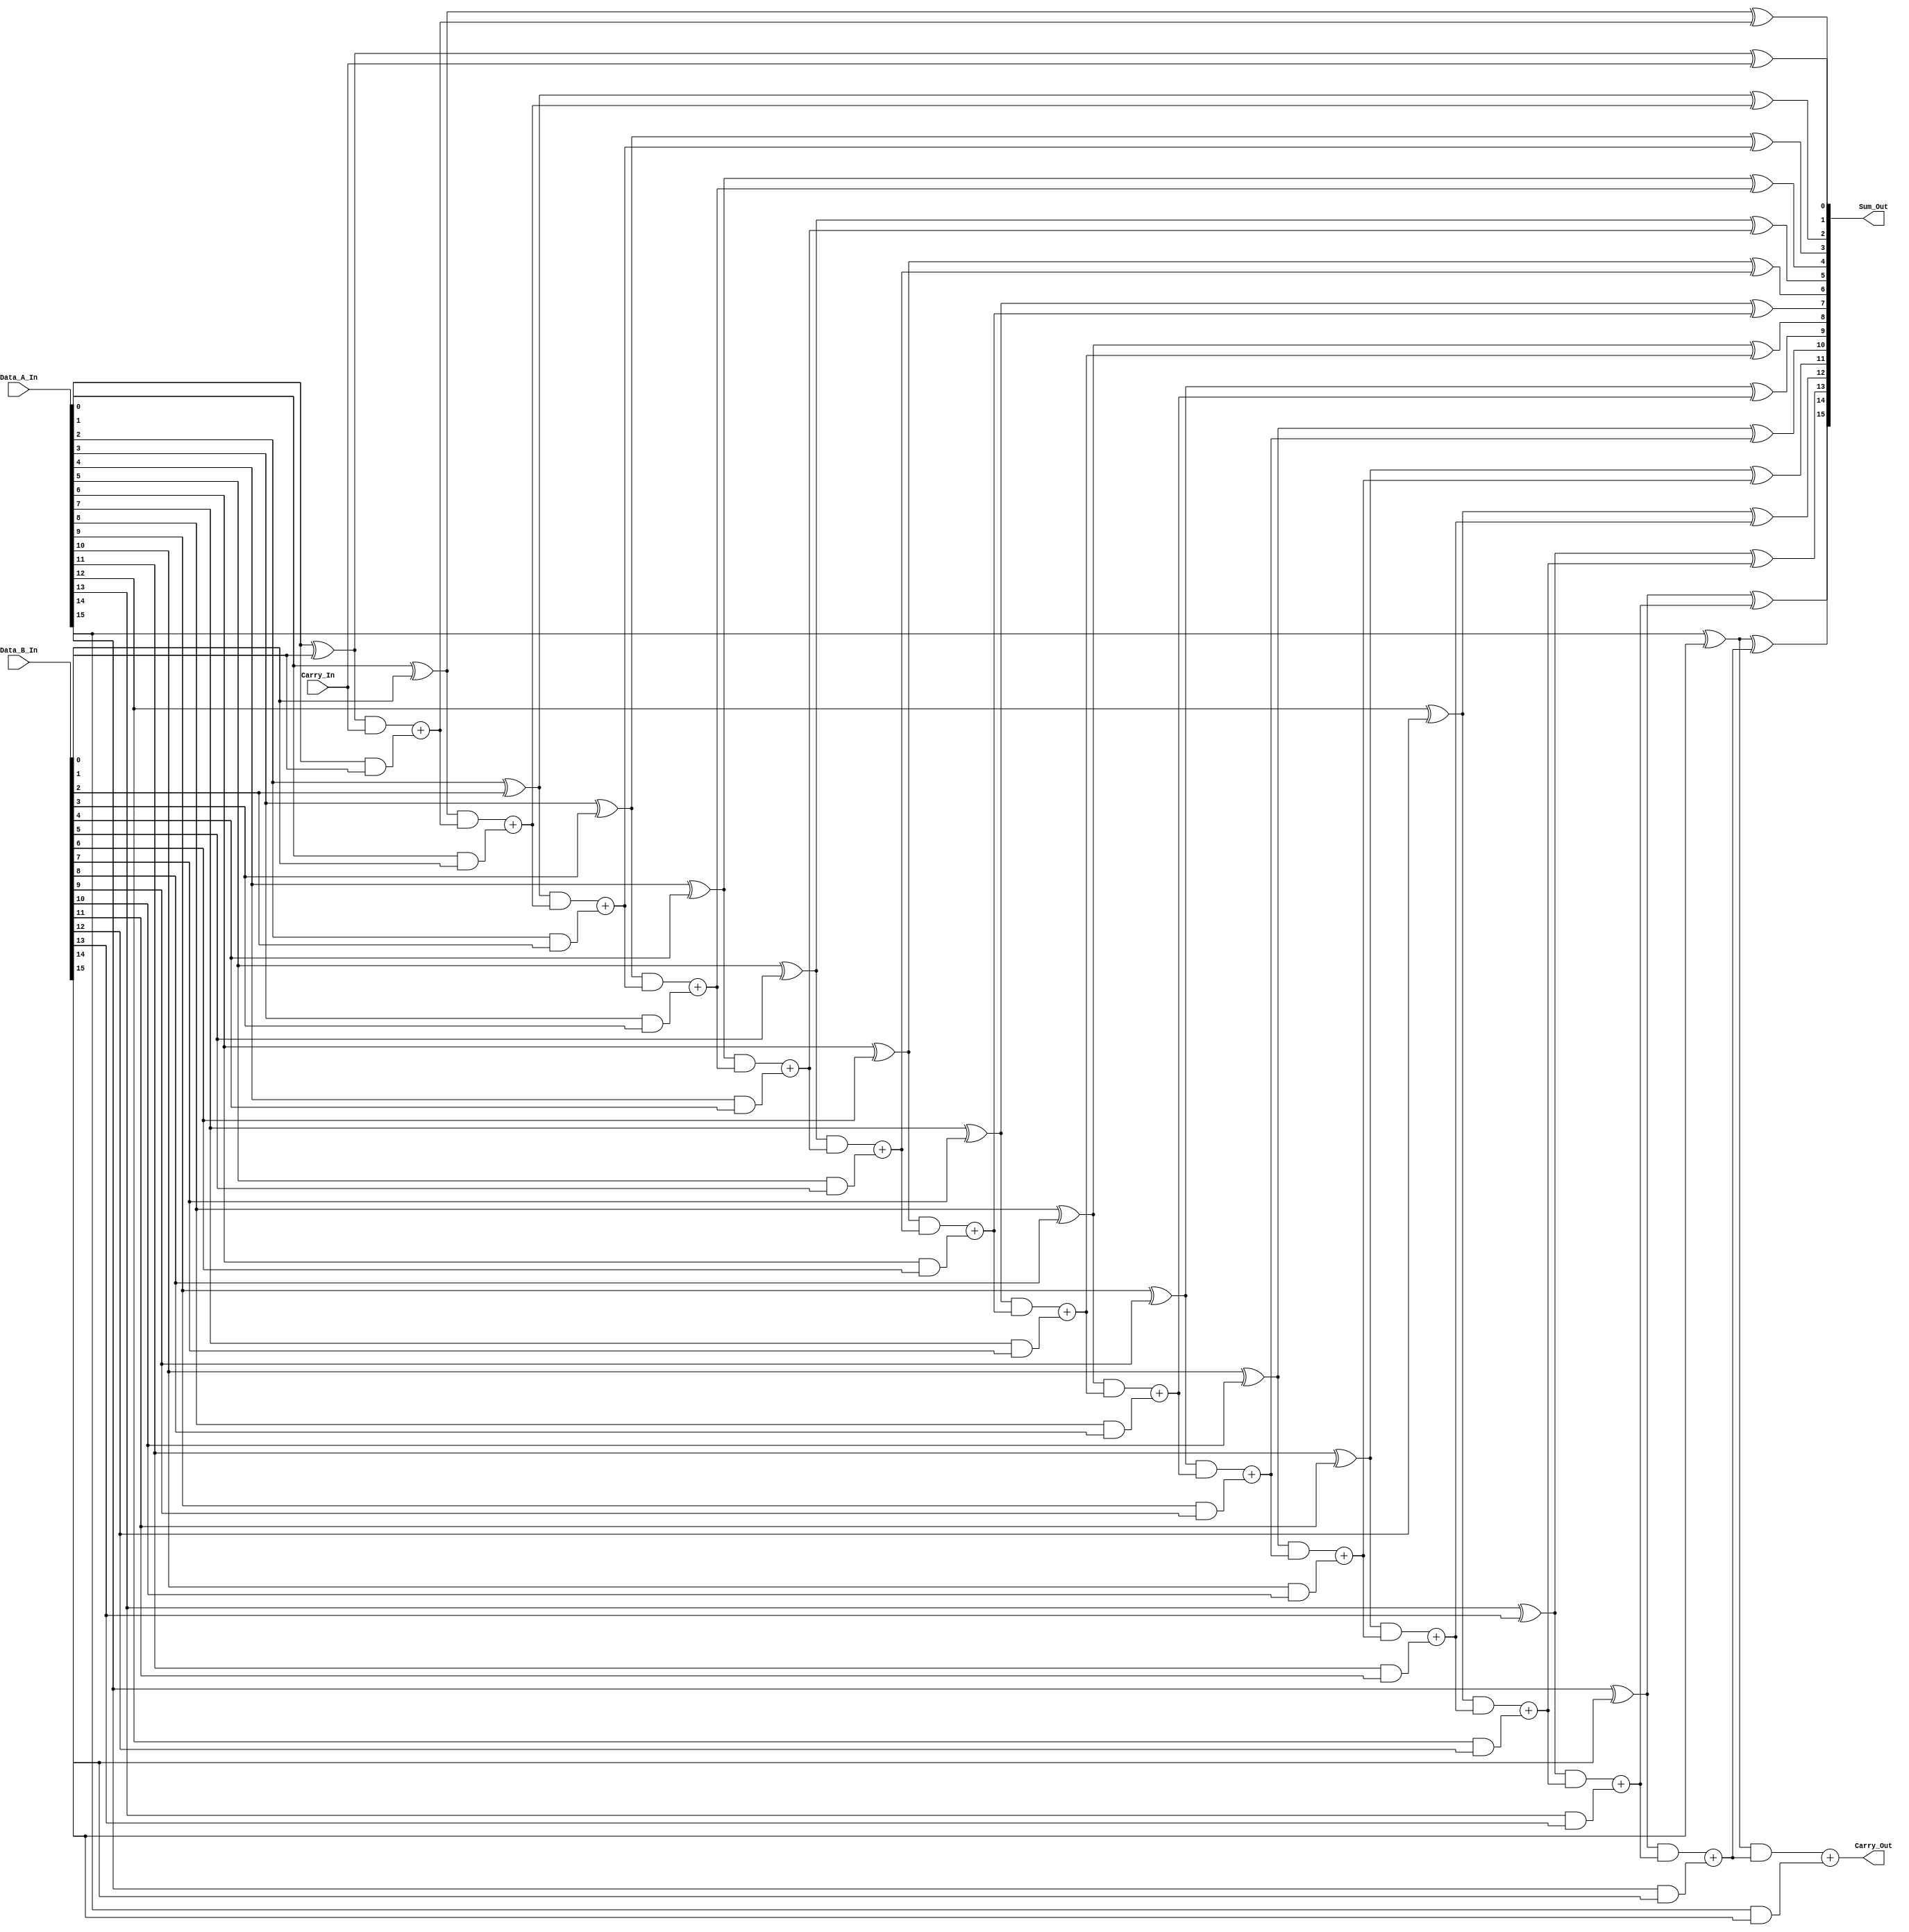
/*
**************************************************
        Look Ahead Carry Generator - 16-Bit
**************************************************

This is a verilog code, to implement a 16-Bit Look Ahead Carry Generator.

--------------------------------------------------
Author : Prasad Narayan Ghatol
--------------------------------------------------
*/



module Look_Ahead_Carry_Generator_16_Bit (
    input  [15:0] Data_A_In,
    input  [15:0] Data_B_In,
    input         Carry_In,

    output [15:0] Sum_Out,
    output        Carry_Out
);



// --------------------------------------------------
// wires and regs
// --------------------------------------------------
wire [15:0] P;
wire [15:0] G;
wire [15:0] C;



// --------------------------------------------------
// Carry Propogate
// --------------------------------------------------
assign P[0]  = Data_A_In[0]  ^ Data_B_In[0];
assign P[1]  = Data_A_In[1]  ^ Data_B_In[1];
assign P[2]  = Data_A_In[2]  ^ Data_B_In[2];
assign P[3]  = Data_A_In[3]  ^ Data_B_In[3];
assign P[4]  = Data_A_In[4]  ^ Data_B_In[4];
assign P[5]  = Data_A_In[5]  ^ Data_B_In[5];
assign P[6]  = Data_A_In[6]  ^ Data_B_In[6];
assign P[7]  = Data_A_In[7]  ^ Data_B_In[7];

assign P[8]  = Data_A_In[8]  ^ Data_B_In[8];
assign P[9]  = Data_A_In[9]  ^ Data_B_In[9];
assign P[10] = Data_A_In[10] ^ Data_B_In[10];
assign P[11] = Data_A_In[11] ^ Data_B_In[11];
assign P[12] = Data_A_In[12] ^ Data_B_In[12];
assign P[13] = Data_A_In[13] ^ Data_B_In[13];
assign P[14] = Data_A_In[14] ^ Data_B_In[14];
assign P[15] = Data_A_In[15] ^ Data_B_In[15];



// --------------------------------------------------
// Carry Generate
// --------------------------------------------------
assign G[0]  = Data_A_In[0]  & Data_B_In[0];
assign G[1]  = Data_A_In[1]  & Data_B_In[1];
assign G[2]  = Data_A_In[2]  & Data_B_In[2];
assign G[3]  = Data_A_In[3]  & Data_B_In[3];
assign G[4]  = Data_A_In[4]  & Data_B_In[4];
assign G[5]  = Data_A_In[5]  & Data_B_In[5];
assign G[6]  = Data_A_In[6]  & Data_B_In[6];
assign G[7]  = Data_A_In[7]  & Data_B_In[7];

assign G[8]  = Data_A_In[8]  & Data_B_In[8];
assign G[9]  = Data_A_In[9]  & Data_B_In[9];
assign G[10] = Data_A_In[10] & Data_B_In[10];
assign G[11] = Data_A_In[11] & Data_B_In[11];
assign G[12] = Data_A_In[12] & Data_B_In[12];
assign G[13] = Data_A_In[13] & Data_B_In[13];
assign G[14] = Data_A_In[14] & Data_B_In[14];
assign G[15] = Data_A_In[15] & Data_B_In[15];



// --------------------------------------------------
// Look Ahead Carry Generator - 16-Bit Logic
// --------------------------------------------------
assign C[0] = (P[0] & Carry_In) + G[0];
assign C[1] = (P[1] & ((P[0] & Carry_In) + G[0])) + G[1];
assign C[2] = (P[2] & ((P[1] & ((P[0] & Carry_In) + G[0])) + G[1])) + G[2];
assign C[3] = (P[3] & ((P[2] & ((P[1] & ((P[0] & Carry_In) + G[0])) + G[1])) + G[2])) + G[3];
assign C[4] = (P[4] & ((P[3] & ((P[2] & ((P[1] & ((P[0] & Carry_In) + G[0])) + G[1])) + G[2])) + G[3])) + G[4];
assign C[5] = (P[5] & ((P[4] & ((P[3] & ((P[2] & ((P[1] & ((P[0] & Carry_In) + G[0])) + G[1])) + G[2])) + G[3])) + G[4])) + G[5];
assign C[6] = (P[6] & ((P[5] & ((P[4] & ((P[3] & ((P[2] & ((P[1] & ((P[0] & Carry_In) + G[0])) + G[1])) + G[2])) + G[3])) + G[4])) + G[5])) + G[6];
assign C[7] = (P[7] & ((P[6] & ((P[5] & ((P[4] & ((P[3] & ((P[2] & ((P[1] & ((P[0] & Carry_In) + G[0])) + G[1])) + G[2])) + G[3])) + G[4])) + G[5])) + G[6])) + G[7];

assign C[8] = (P[8] & (P[7] & ((P[6] & ((P[5] & ((P[4] & ((P[3] & ((P[2] & ((P[1] & ((P[0] & Carry_In) + G[0])) + G[1])) + G[2])) + G[3])) + G[4])) + G[5])) + G[6])) + G[7]) + G[8];
assign C[9] = (P[9] & (P[8] & (P[7] & ((P[6] & ((P[5] & ((P[4] & ((P[3] & ((P[2] & ((P[1] & ((P[0] & Carry_In) + G[0])) + G[1])) + G[2])) + G[3])) + G[4])) + G[5])) + G[6])) + G[7]) + G[8]) + G[9];
assign C[10] = (P[10] & (P[9] & (P[8] & (P[7] & ((P[6] & ((P[5] & ((P[4] & ((P[3] & ((P[2] & ((P[1] & ((P[0] & Carry_In) + G[0])) + G[1])) + G[2])) + G[3])) + G[4])) + G[5])) + G[6])) + G[7]) + G[8]) + G[9]) + G[10];
assign C[11] = (P[11] & (P[10] & (P[9] & (P[8] & (P[7] & ((P[6] & ((P[5] & ((P[4] & ((P[3] & ((P[2] & ((P[1] & ((P[0] & Carry_In) + G[0])) + G[1])) + G[2])) + G[3])) + G[4])) + G[5])) + G[6])) + G[7]) + G[8]) + G[9]) + G[10]) + G[11];
assign C[12] = (P[12] & (P[11] & (P[10] & (P[9] & (P[8] & (P[7] & ((P[6] & ((P[5] & ((P[4] & ((P[3] & ((P[2] & ((P[1] & ((P[0] & Carry_In) + G[0])) + G[1])) + G[2])) + G[3])) + G[4])) + G[5])) + G[6])) + G[7]) + G[8]) + G[9]) + G[10]) + G[11]) + G[12];
assign C[13] = (P[13] & (P[12] & (P[11] & (P[10] & (P[9] & (P[8] & (P[7] & ((P[6] & ((P[5] & ((P[4] & ((P[3] & ((P[2] & ((P[1] & ((P[0] & Carry_In) + G[0])) + G[1])) + G[2])) + G[3])) + G[4])) + G[5])) + G[6])) + G[7]) + G[8]) + G[9]) + G[10]) + G[11]) + G[12]) + G[13];
assign C[14] = (P[14] & (P[13] & (P[12] & (P[11] & (P[10] & (P[9] & (P[8] & (P[7] & ((P[6] & ((P[5] & ((P[4] & ((P[3] & ((P[2] & ((P[1] & ((P[0] & Carry_In) + G[0])) + G[1])) + G[2])) + G[3])) + G[4])) + G[5])) + G[6])) + G[7]) + G[8]) + G[9]) + G[10]) + G[11]) + G[12]) + G[13]) + G[14];
assign C[15] = (P[15] & (P[14] & (P[13] & (P[12] & (P[11] & (P[10] & (P[9] & (P[8] & (P[7] & ((P[6] & ((P[5] & ((P[4] & ((P[3] & ((P[2] & ((P[1] & ((P[0] & Carry_In) + G[0])) + G[1])) + G[2])) + G[3])) + G[4])) + G[5])) + G[6])) + G[7]) + G[8]) + G[9]) + G[10]) + G[11]) + G[12]) + G[13]) + G[14]) + G[15];


assign Carry_Out = C[15];


assign Sum_Out[0]  = P[0]  ^ Carry_In;
assign Sum_Out[1]  = P[1]  ^ C[0];
assign Sum_Out[2]  = P[2]  ^ C[1];
assign Sum_Out[3]  = P[3]  ^ C[2];
assign Sum_Out[4]  = P[4]  ^ C[3];
assign Sum_Out[5]  = P[5]  ^ C[4];
assign Sum_Out[6]  = P[6]  ^ C[5];
assign Sum_Out[7]  = P[7]  ^ C[6];

assign Sum_Out[8]  = P[8]  ^ C[7];
assign Sum_Out[9]  = P[9]  ^ C[8];
assign Sum_Out[10] = P[10] ^ C[9];
assign Sum_Out[11] = P[11] ^ C[10];
assign Sum_Out[12] = P[12] ^ C[11];
assign Sum_Out[13] = P[13] ^ C[12];
assign Sum_Out[14] = P[14] ^ C[13];
assign Sum_Out[15] = P[15] ^ C[14];



endmodule